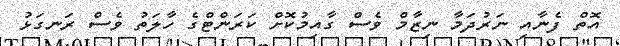
އޮތް ފެނާއި ނަރުދަމާ ނިޒާމް ވެސް ގާއިމުކޮށް ކަރަންޓްގެ ހާލަތު ވެސް ރަނގަޅު